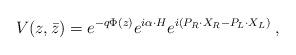
LaTeX: \begin{align*}V(z, \bar z)=e^{-q \Phi(z)} e^{i \alpha \cdot H} e^{i(P_R \cdot X_R-P_L \cdot X_L)} \;,\end{align*}